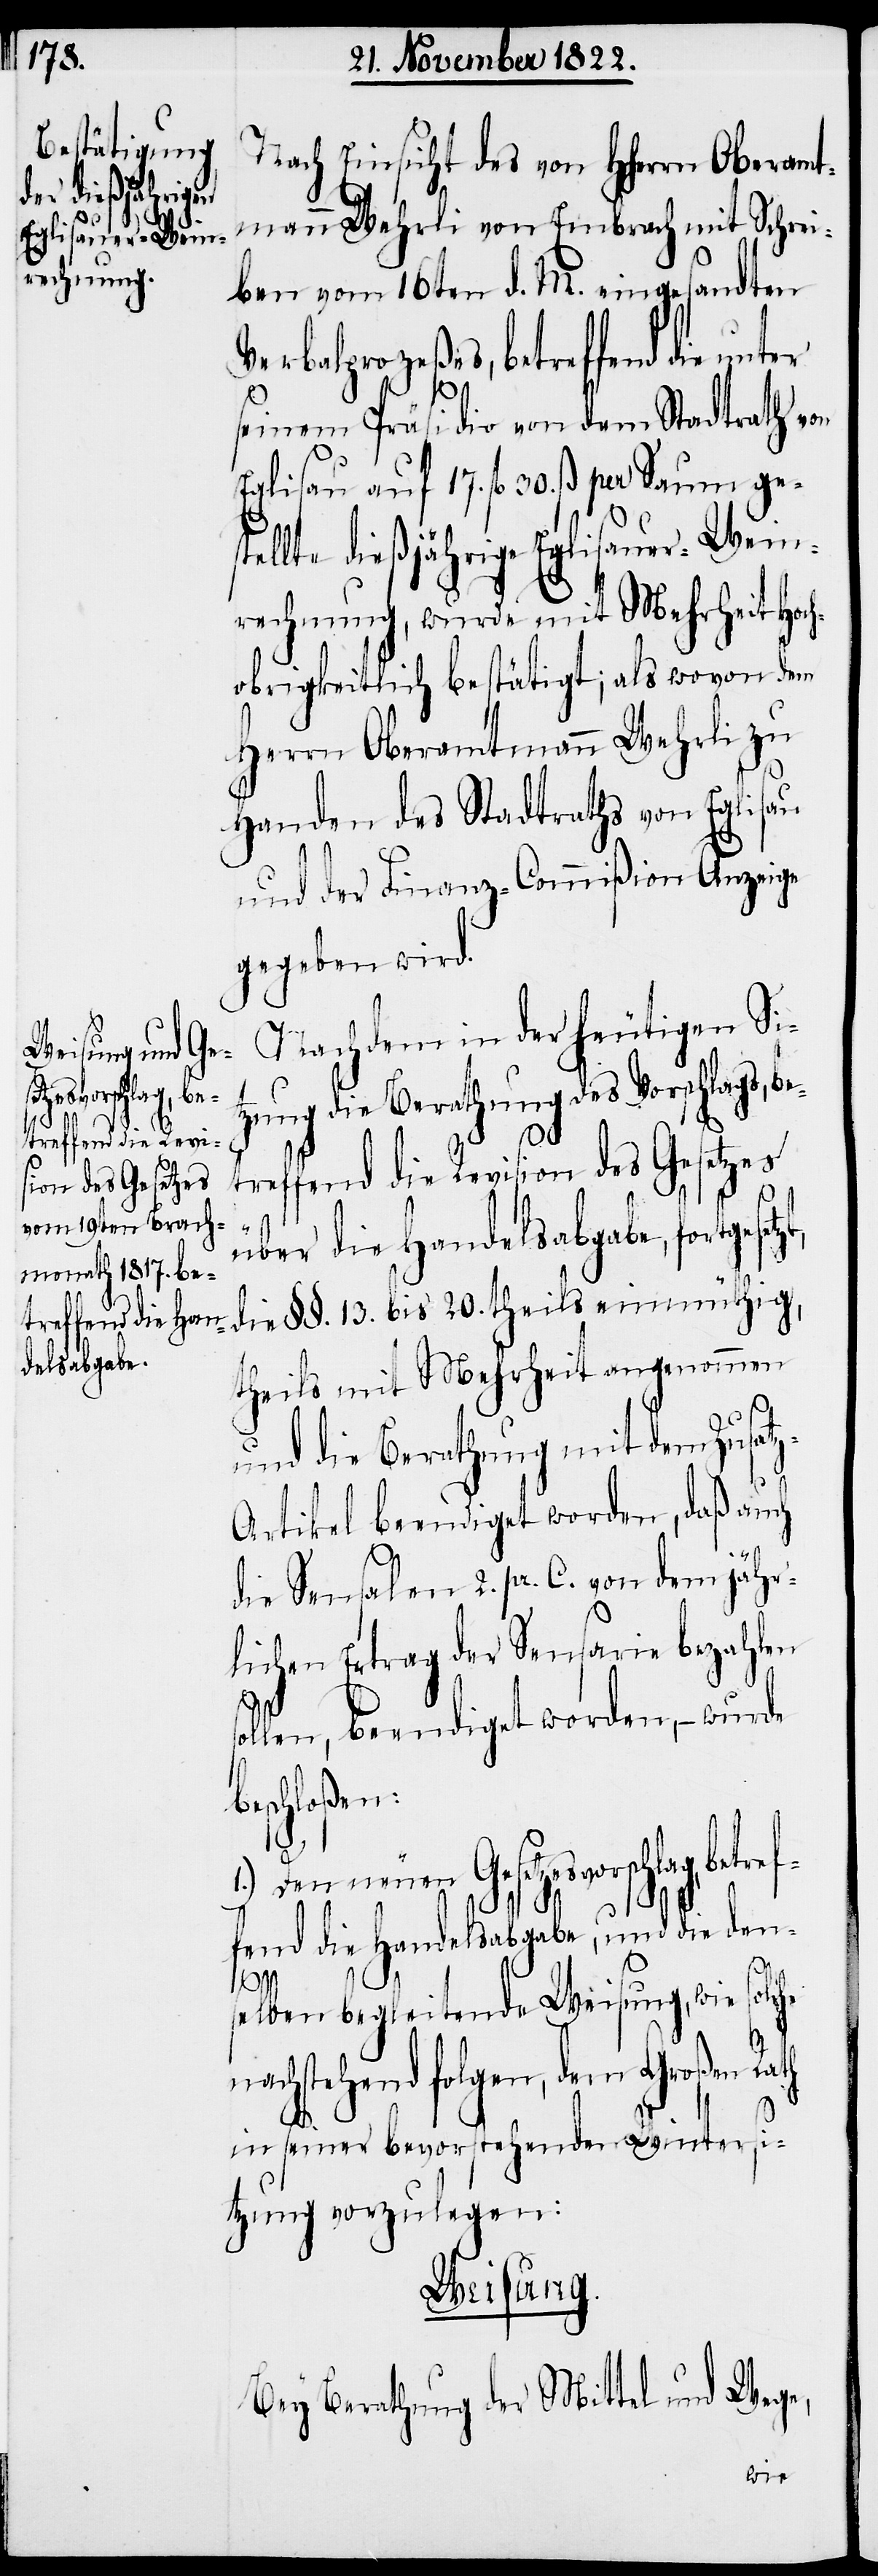
so¬
betreffend die Revi¬
sion des Gesetzes

Nach Einsicht des von Hherrn [sic!]
mann Wehrli von Embrach mit Schrei¬
ben vom 16ten d. M. eingesandten
Verbalprozeßes, betreffend die un¬
seinem Präsidio von dem Stadtrath von
Eglisau auf 17. fl. 30. ß per Saum ges¬
tellte dießjährige Eglisauer-Wein¬
rechnung, wurde mit Mehrheit Hoch¬
obrigkeitlich bestätigt; als wovon dem
Herrn Oberamtmann Wehrli zu
Handen des Stadtraths von Eglisau
und der Finanz-Commißion Anzeige
Nachdem in der heutigen Si¬
tzung die Berathung des Vorschlags,
über die Handelsabgabe, fortgesetzt,
die §§. 13. bis 20. theils einmüthig,
theils mit Mehrheit angenommen
und die Berathung mit dem Zusat¬
z-Artikel beendiget worden, daß auch
die Sensalen 2. pr. C. von dem jähr¬
lichen Ertrag der Sensarie bezahlen
llen, beendiget worden, – wurde
beschloßen:
1.) Den neuen Gesetzesvorschlag, betre¬
f¬
fend die Handelsabgabe, und die den¬
selben begleitende Weisung, wie solche
nachstehend folgen, dem Großen Rath
in seiner bevorstehenden Wintersi¬
tzung vorzulegen:
Weisung.
Bey Berathung der Mittel und Wege,
wir¬